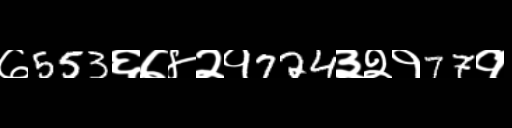
Text: ७553६७४२१724३२१77१